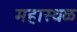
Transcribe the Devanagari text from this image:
महास्थळ